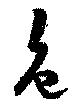
色